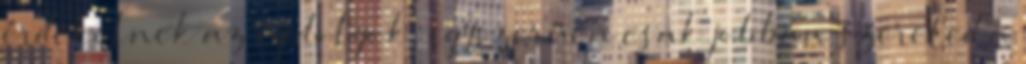
érdekelnek az új dolgok, egyszerűen csak jobban szereted a